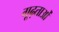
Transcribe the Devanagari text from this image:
गूढ़ताओं